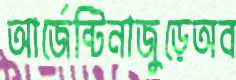
আর্জেন্টিনাজুড়েঅব